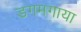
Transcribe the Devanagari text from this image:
डगमगाया